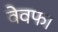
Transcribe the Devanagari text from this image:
वेवफा